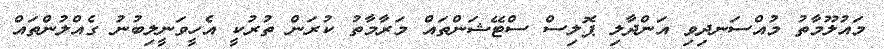
މައުލޫމާތު މުއްސަނދިވި އަންދާލި ޕޮލިސް ސްޓޭޝަންތައް މަރާމާތު ކުރަން ތުރުކީ އެހީވަނީލިބުނު ގެއްލުންތައް